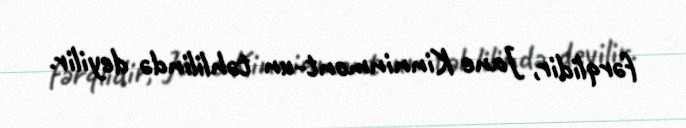
fərqlidir, Jane Kinninmont-un təhlilində deyilir.